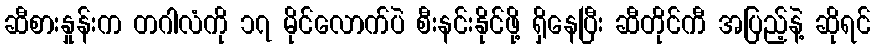
ဆီစားနှုန်းက တဂါလံကို ၁၇ မိုင်လောက်ပဲ စီးနင်းနိုင်ဖို့ ရှိနေပြီး ဆီတိုင်ကီ အပြည့်နဲ့ ဆိုရင်